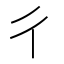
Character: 彳